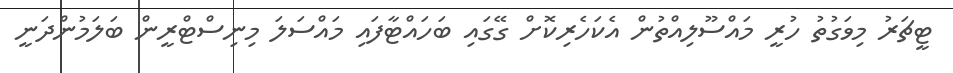
ޓީޗަރު މިވަގުތު ހުރީ މައްސޫލިއްތުން އެކަހެރިކޮށް ގޭގައި ބަހައްޓާފައި މައްސަލަ މިނިސްޓްރީން ބަލަމުންދަނީ